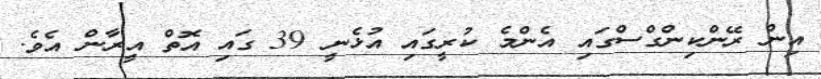
އިން ރޭންކިންގްސްގައި އެންމެ ކުރީގައި އުޅެނީ 39 ގައި އޮތް އީރާން އެވެ.